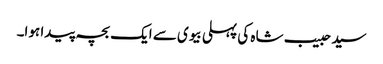
سید حبیب شاہ کی پہلی بیوی سے ایک بچہ پیدا ہوا۔